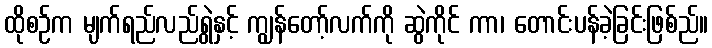
ထိုစဉ်က မျက်ရည်လည်ရွဲနှင့် ကျွန်တော့်လက်ကို ဆွဲကိုင် ကာ၊ တောင်းပန်ခဲ့ခြင်းဖြစ်ည်။